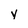
Character: y